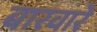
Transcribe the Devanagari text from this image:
बारवारे